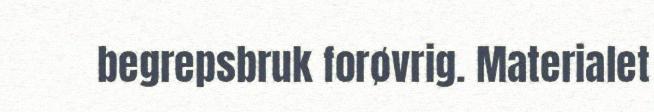
begrepsbruk forøvrig. Materialet